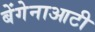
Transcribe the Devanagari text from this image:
बेंगेनाआटी